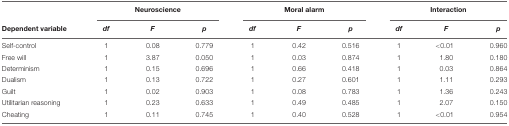
|  | <COLSPAN=3> Neuroscience | <COLSPAN=3> Moral alarm | <COLSPAN=3> Interaction |
 | Dependent variable | df | F | p | df | F | p | df | F | p |
 | --- | --- | --- | --- | --- | --- | --- | --- | --- | --- |
 | Self-control | 1 | 0.08 | 0.779 | 1 | 0.42 | 0.516 | 1 | <0.01 | 0.960 |
 | Free will | 1 | 3.87 | 0.050 | 1 | 0.03 | 0.874 | 1 | 1.80 | 0.180 |
 | Determinism | 1 | 0.15 | 0.696 | 1 | 0.66 | 0.418 | 1 | 0.03 | 0.864 |
 | Dualism | 1 | 0.13 | 0.722 | 1 | 0.27 | 0.601 | 1 | 1.11 | 0.293 |
 | Guilt | 1 | 0.02 | 0.903 | 1 | 0.08 | 0.783 | 1 | 1.36 | 0.243 |
 | Utilitarian reasoning | 1 | 0.23 | 0.633 | 1 | 0.49 | 0.485 | 1 | 2.07 | 0.150 |
 | Cheating | 1 | 0.11 | 0.745 | 1 | 0.40 | 0.528 | 1 | <0.01 | 0.954 |